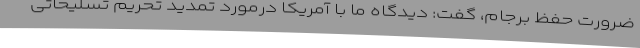
ضرورت حفظ برجام، گفت: دیدگاه ما با آمریکا درمورد تمدید تحریم تسلیحاتی